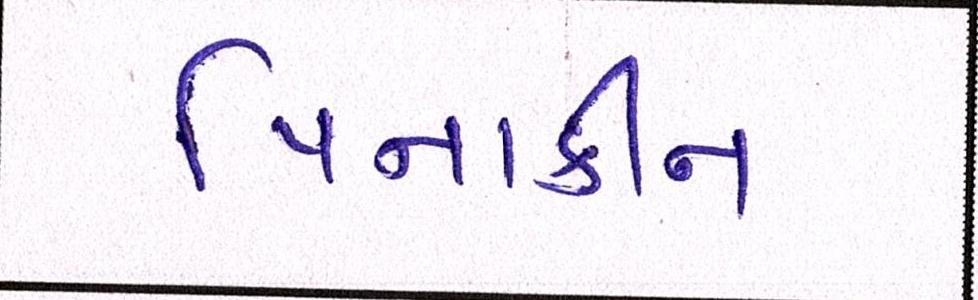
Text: પિનાકીન